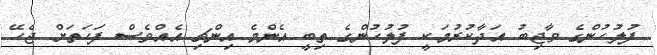
ފުލުހުންގެ ވާޖިބު އަދާކުރުމަކީ ފުލުހުންގެ ތިބީ އެންމެ އިންޗި އެއްވެސް ފަހަތަށް ޖެހޭ